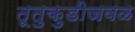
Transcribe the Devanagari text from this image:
तूतुकुडीजवळ